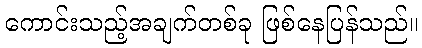
ကောင်းသည့်အချက်တစ်ခု ဖြစ်နေပြန်သည်။